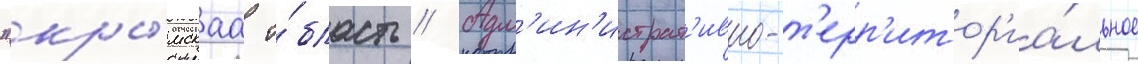
"кры́мскаа о́бласть // Адм'ин'истрат'ивно-т'ерр'итор'иа́льное